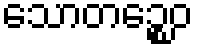
သောတဉ္စေဝ